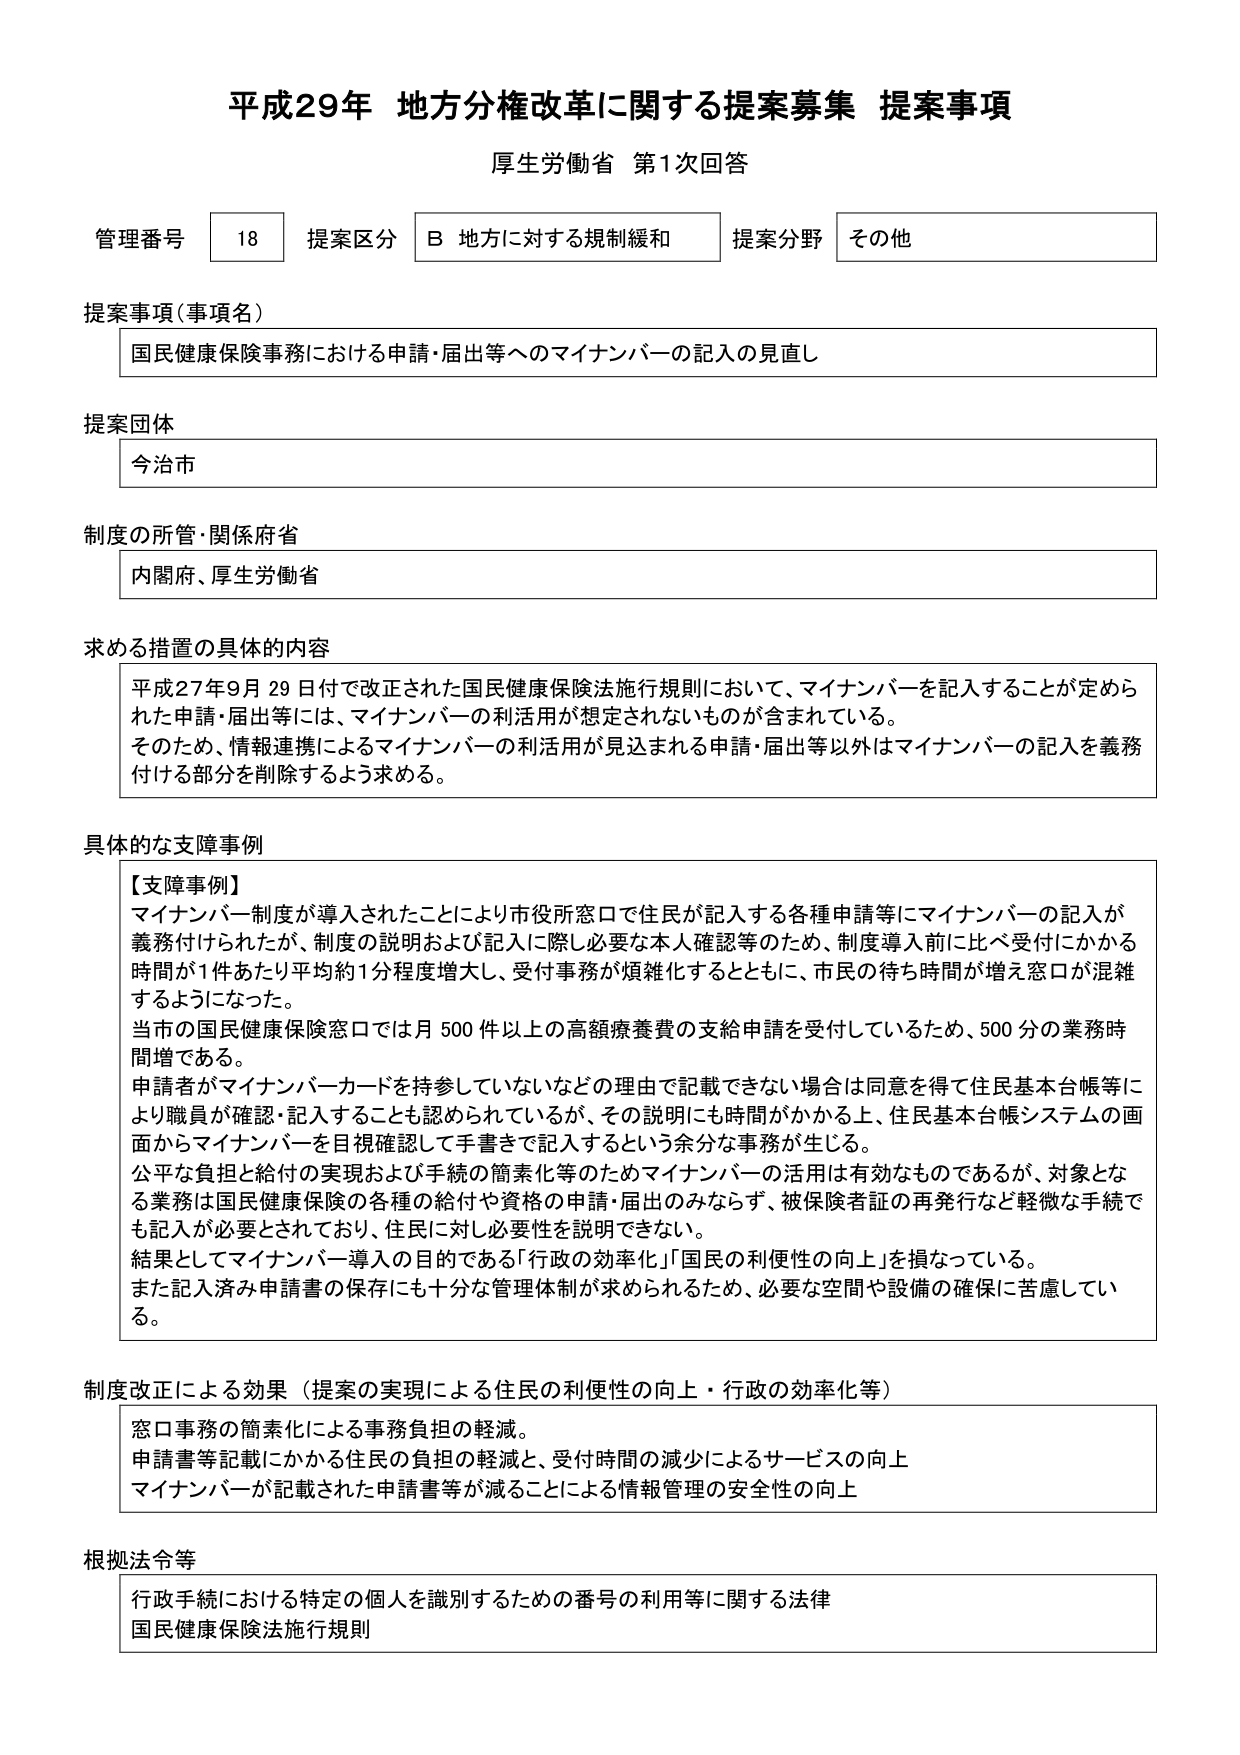
平成29年 地方分権改革に関する提案募集 提案事項
厚生労働省 第1次回答

管理番号 18 提案区分 B 地方に対する規制緩和 提案分野 その他

提案事項（事項名）
国民健康保険事務における申請・届出等へのマイナンバーの記入の見直し

提案団体
今治市

制度の所管・関係府省
内閣府、厚生労働省

求める措置の具体的内容
平成27年9月29日付で改正された国民健康保険法施行規則において、マイナンバーを記入することが定められた申請・届出等には、マイナンバーの利活用が想定されないものが含まれている。
そのため、情報連携によるマイナンバーの利活用が見込まれる申請・届出等以外はマイナンバーの記入を義務付ける部分を削除するよう求める。

具体的な支障事例
【支障事例】
マイナンバー制度が導入されたことにより市役所窓口で住民が記入する各種申請等にマイナンバーの記入が義務付けられたが、制度の説明および記入に際し必要な本人確認等のため、制度導入前に比べ受付にかかる時間が1件あたり平均約1分程度増大し、受付事務が煩雑化するとともに、市民の待ち時間が増え窓口が混雑するようになった。
当市の国民健康保険窓口では月500件以上の高額療養費の支給申請を受付しているため、500分の業務時間増である。
申請者がマイナンバーカードを持参していないなどの理由で記載できない場合は同意を得て住民基本台帳等により職員が確認・記入することも認められているが、その説明にも時間がかかる上、住民基本台帳システムの画面からマイナンバーを目視確認して手書きで記入するという余分な事務が生じる。
公平な負担と給付の実現および手続の簡素化等のためマイナンバーの活用は有効なものであるが、対象となる業務は国民健康保険の各種の給付や資格の申請・届出のみならず、被保険者証の再発行など軽微な手続でも記入が必要とされており、住民に対し必要性を説明できない。
結果としてマイナンバー導入の目的である「行政の効率化」「国民の利便性の向上」を損なっている。
また記入済み申請書の保存にも十分な管理体制が求められるため、必要な空間や設備の確保に苦慮している。

制度改正による効果（提案の実現による住民の利便性の向上・行政の効率化等）
窓口事務の簡素化による事務負担の軽減。
申請書等記載にかかる住民の負担の軽減と、受付時間の減少によるサービスの向上
マイナンバーが記載された申請書等が減ることによる情報管理の安全性の向上

根拠法令等
行政手続における特定の個人を識別するための番号の利用等に関する法律
国民健康保険法施行規則